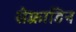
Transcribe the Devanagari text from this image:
सेफ़्राडिन